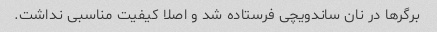
برگرها در نان ساندویچی فرستاده شد و اصلا کیفیت مناسبی نداشت.